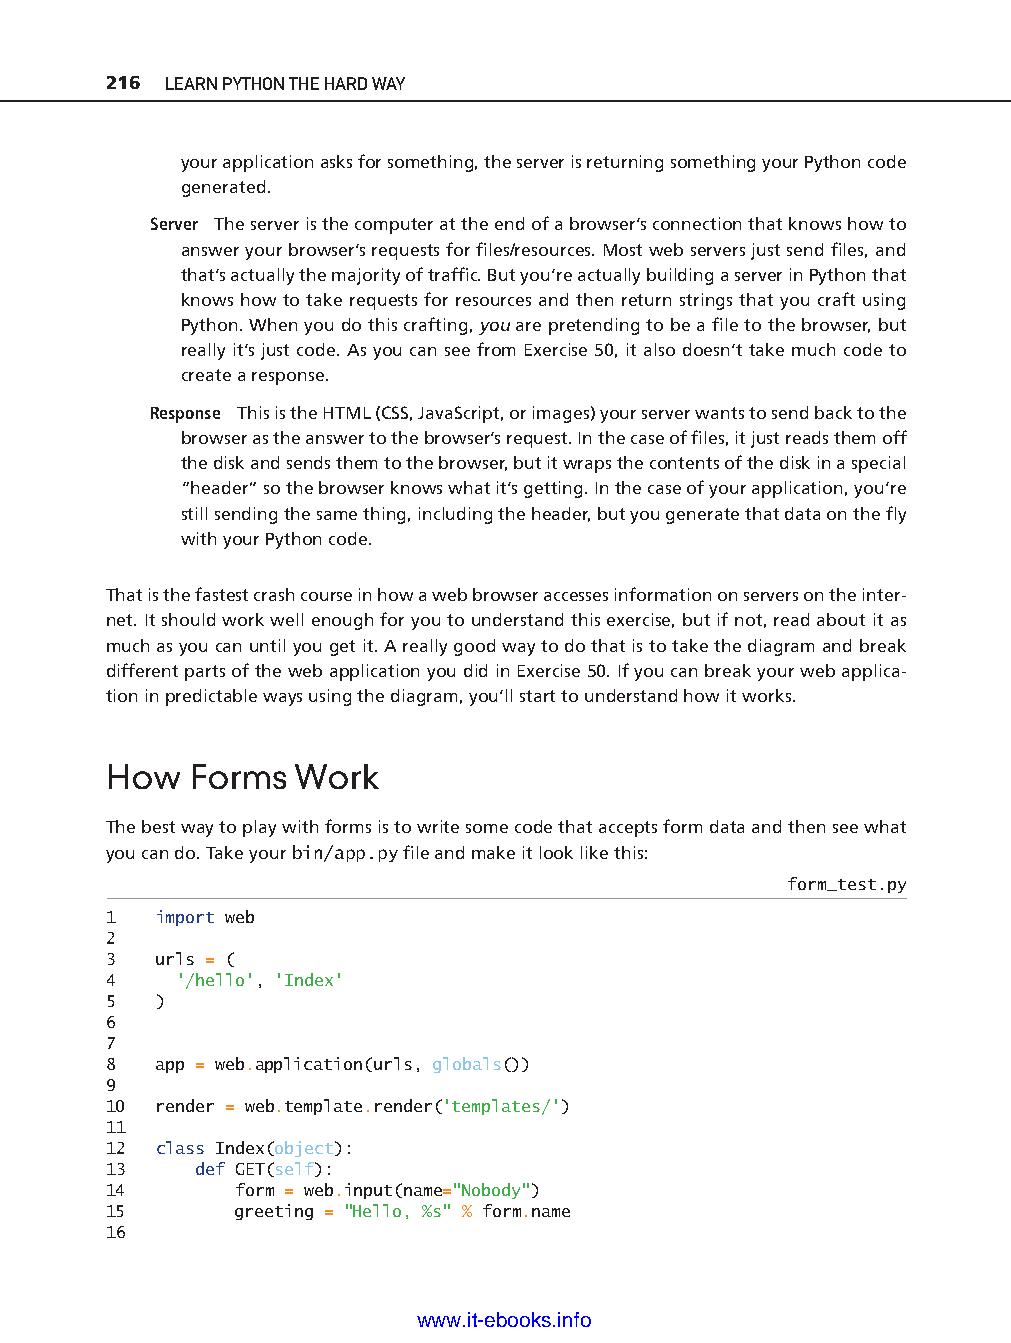
216 LEARN PYTHON THE HARD WAY
 your application asks for something, the server is returning something your Python code
 generated.
 Server The server is the computer at the end of a browser’s connection that knows how to
 answer your browser’s requests for fi les/resources. Most web servers just send fi les, and
 that’s actually the majority of traffi c. But you’re actually building a server in Python that
 knows how to take requests for resources and then return strings that you craft using
 Python. When you do this crafting, you are pretending to be a fi le to the browser, but
 really it’s just code. As you can see from Exercise 50, it also doesn’t take much code to
 create a response.
 Response This is the HTML (CSS, JavaScript, or images) your server wants to send back to the
 browser as the answer to the browser’s request. In the case of fi les, it just reads them off
 the disk and sends them to the browser, but it wraps the contents of the disk in a special
 “header” so the browser knows what it’s getting. In the case of your application, you’re
 still sending the same thing, including the header, but you generate that data on the fl y
 with your Python code.
 That is the fastest crash course in how a web browser accesses information on servers on the inter-
 net. It should work well enough for you to understand this exercise, but if not, read about it as
 much as you can until you get it. A really good way to do that is to take the diagram and break
 different parts of the web application you did in Exercise 50. If you can break your web applica-
 ptg11539604
 tion in predictable ways using the diagram, you’ll start to understand how it works.
 How   Forms  Work
 The best way to play with forms is to write some code that accepts form data and then see what
 you can do. Take your bin/app.py fi le and make it look like this:
 form_test.py
 1  import web
 2
 3  urls = (
 4    '/hello', 'Index'
 5  )
 6
 7
 8  app = web.application(urls, globals())
 9
 10 render = web.template.render('templates/')
 11
 12 class Index(object):
 13    def GET(self):
 14       form = web.input(name="Nobody")
 15       greeting = "Hello, %s" % form.name
 16
 www.it-ebooks.info